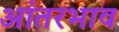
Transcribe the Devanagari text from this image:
आंतरभाव